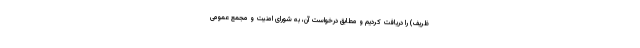
ظریف) را دریافت کردیم و مطابق درخواست آن، به شورای امنیت و مجمع عمومی